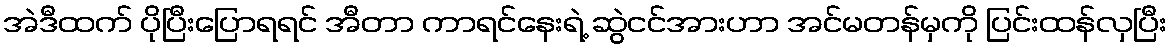
အဲဒီထက် ပိုပြီးပြောရရင် အီတာ ကာရင်နေးရဲ့ ဆွဲငင်အားဟာ အင်မတန်မှကို ပြင်းထန်လှပြီး